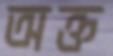
অক্ত